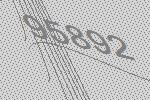
95892